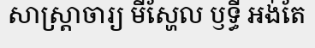
សាស្ត្រាចារ្យ មីស្ហែល ឫទ្ធី អង់តែ